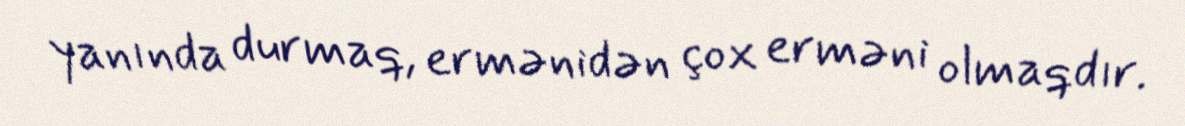
yanında durmaq, ermənidən çox erməni olmaqdır.